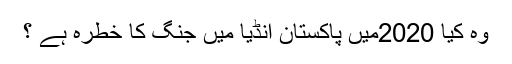
وہ کیا 2020میں پاکستان انڈیا میں جنگ کا خطرہ ہے ؟